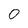
Character: 0